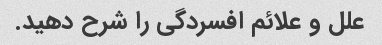
علل و علائم افسردگی را شرح دهید.